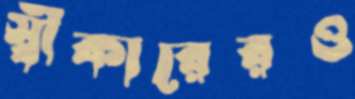
স্বীকারেরও